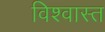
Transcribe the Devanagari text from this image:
विश्वास्त